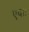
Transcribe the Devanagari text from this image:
एव।।